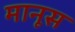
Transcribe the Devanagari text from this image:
मानूस